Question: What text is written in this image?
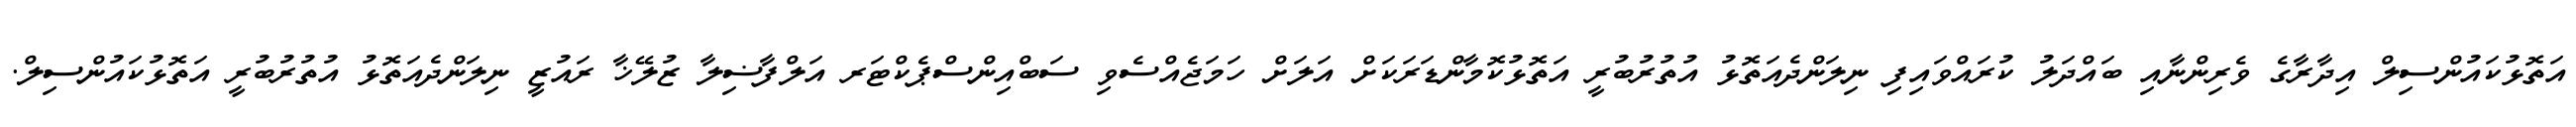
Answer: އަތޮޅުކައުންސިލް އިދާރާގެ ވެރިންނާއި ބައްދަލު ކުރައްވައިފި ނިލަންދެއަތޮޅު އުތުރުބުރީ އަތޮޅުކޮމާންޑަރަކަށް އަލަށް ހަމަޖެއްސެވި ސަބްއިންސްޕެކްޓަރ އަލްފާޟިލާ ޒުލޭޚާ ރައުޒީ ނިލަންދެއަތޮޅު އުތުރުބުރީ އަތޮޅުކައުންސިލް.